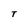
Character: T